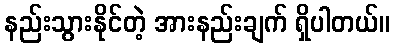
နည်းသွားနိုင်တဲ့ အားနည်းချက် ရှိပါတယ်။